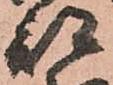
部